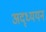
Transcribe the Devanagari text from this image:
अद्ध्ययन